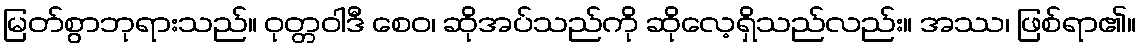
မြတ်စွာဘုရားသည်။ ဝုတ္တဝါဒီ စေဝ၊ ဆိုအပ်သည်ကို ဆိုလေ့ရှိသည်လည်း။ အဿ၊ ဖြစ်ရာ၏။